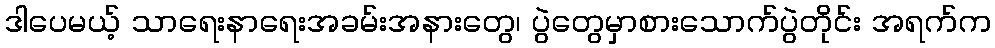
ဒါပေမယ့် သာရေးနာရေးအခမ်းအနားတွေ၊ ပွဲတွေမှာစားသောက်ပွဲတိုင်း အရက်က